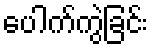
ပေါက်ကွဲခြင်း